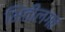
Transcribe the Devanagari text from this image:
भिंतींलगत